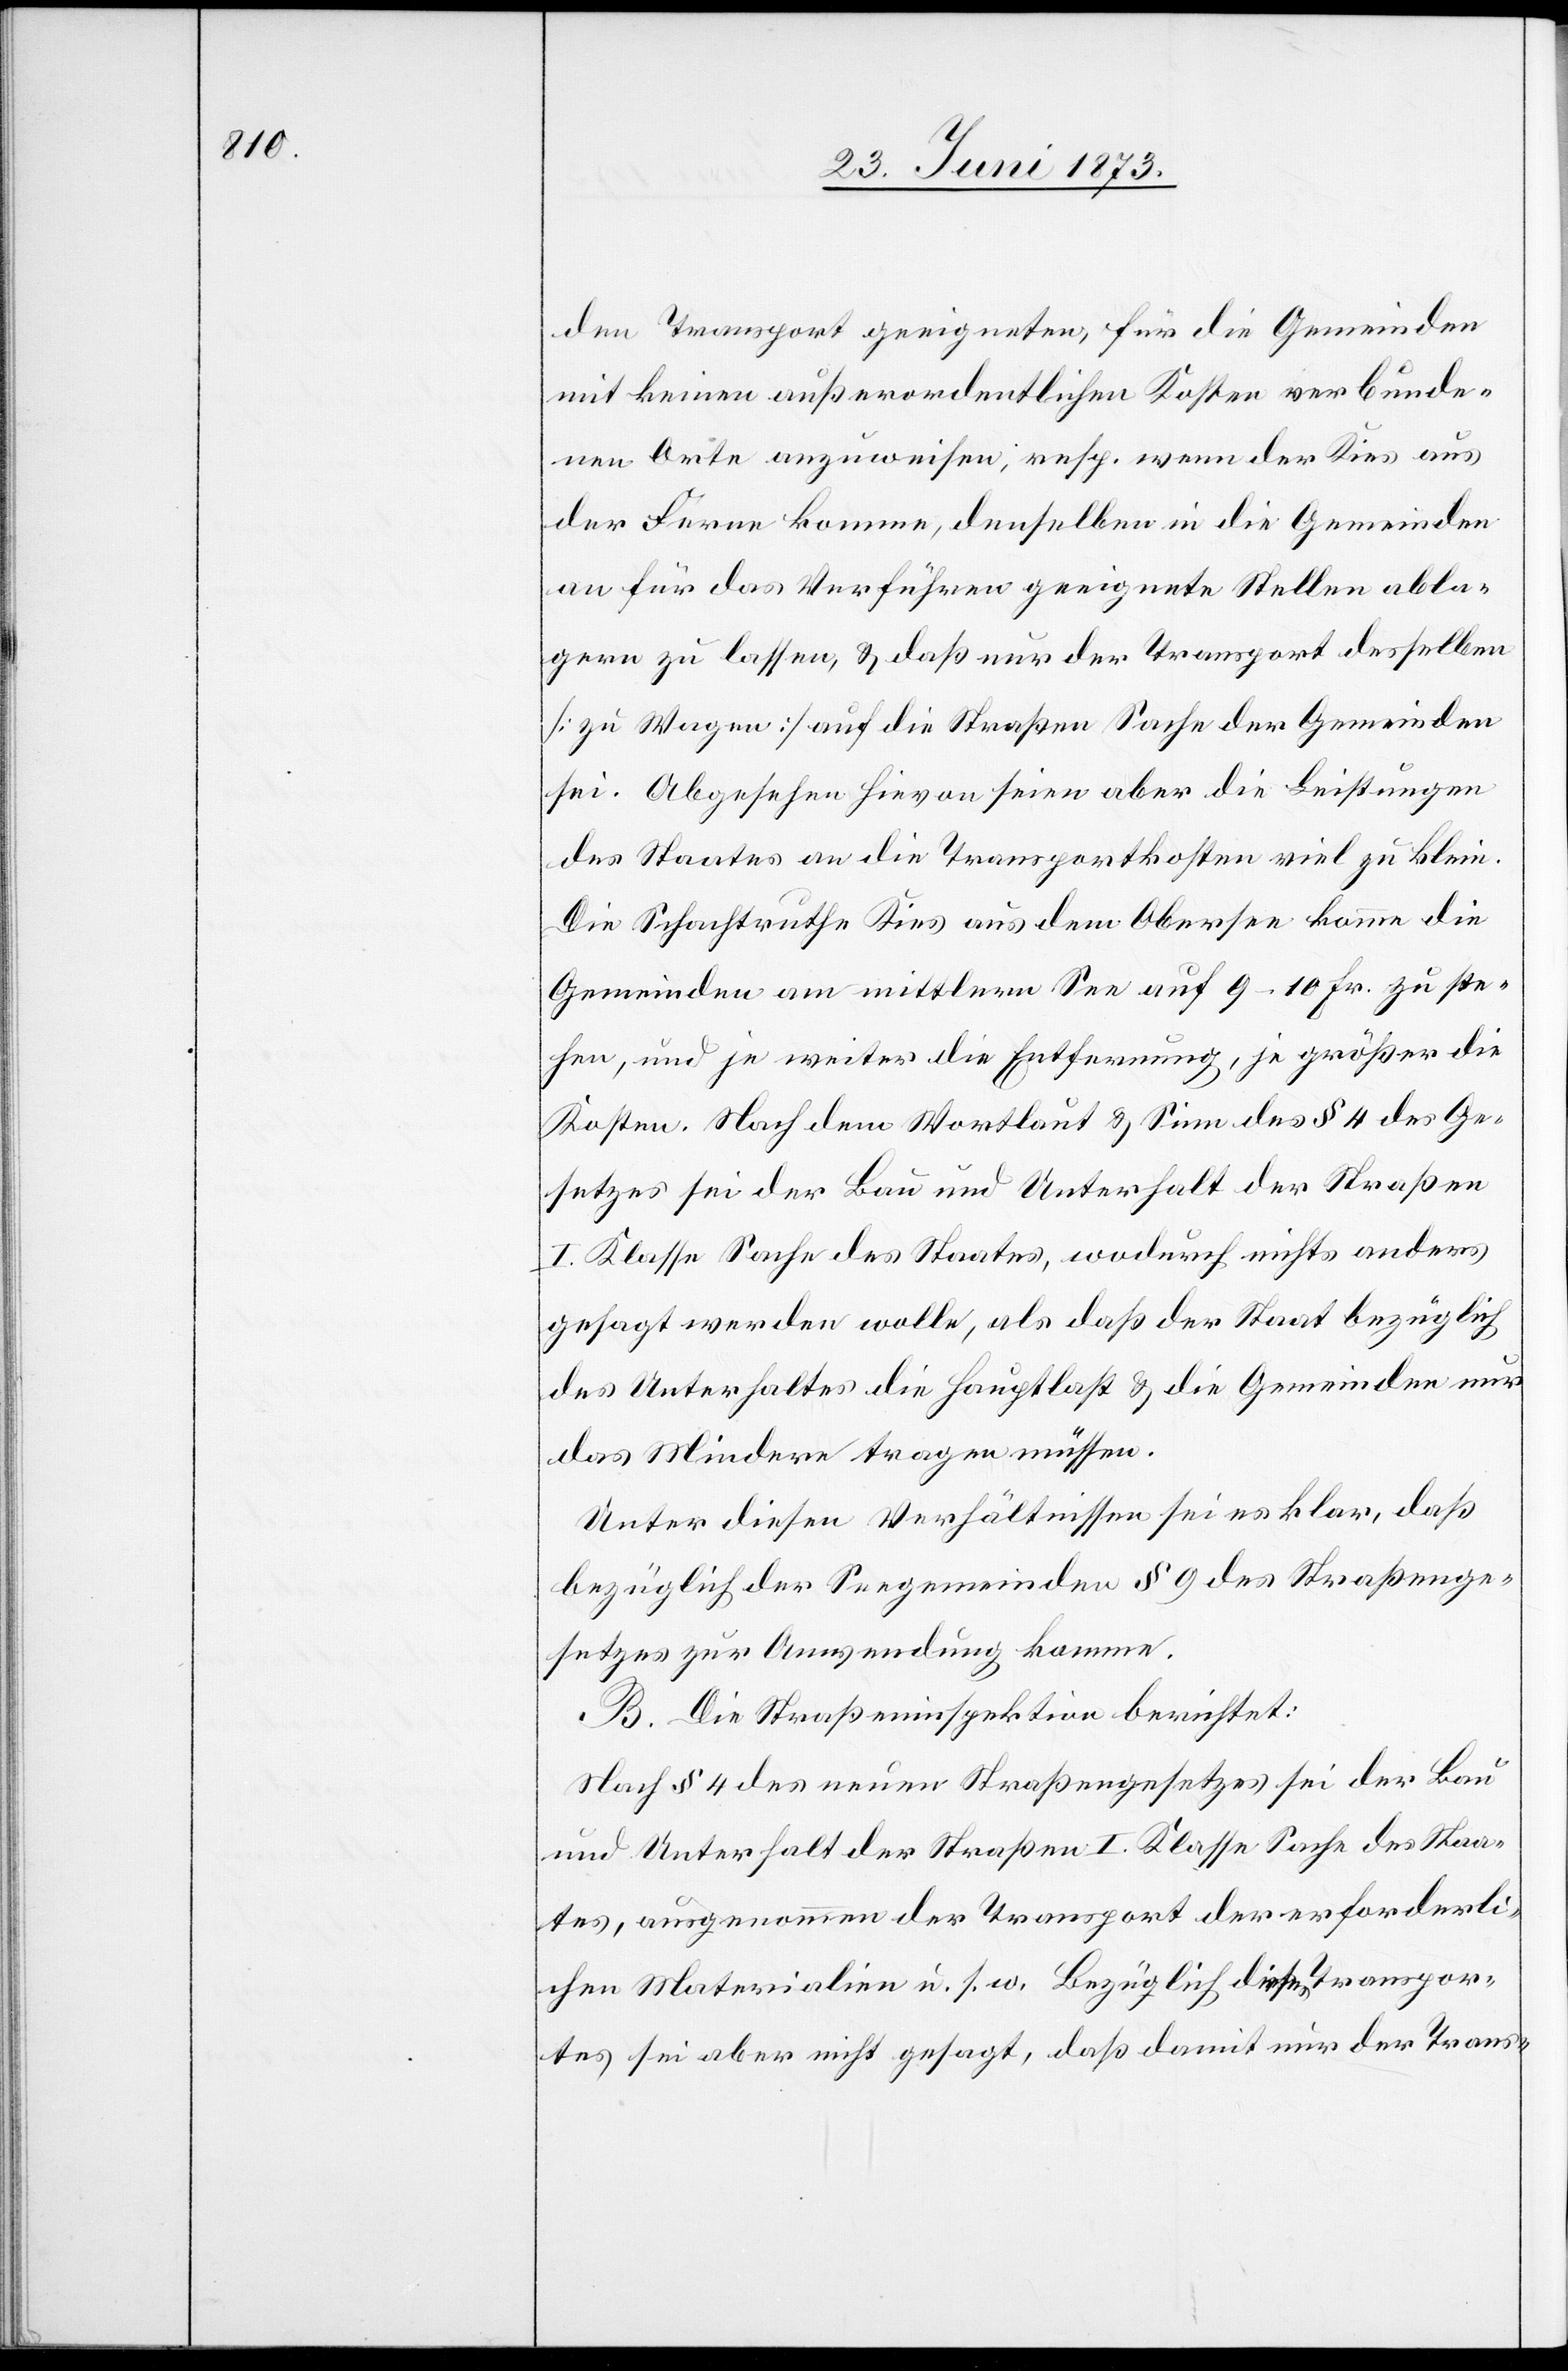
den Transport geeigneten, für die Gemeinden
mit keinen außerordentlichen Kosten verbunde¬
nen Orte anzuweisen, resp. wenn der Kies aus
der Ferne komme, denselben in die Gemeinden
an für das Verführen geeignete Stellen abla¬
gern zu lassen, & daß nur der Transport desselben
[zu Wagen] auf die Straßen Sache der Gemeinden
sei. Abgesehen hievon seien aber die Leistungen
des Staates an die Transportkosten viel zu klein.
Die Schachtruthe Kies aus dem Obersee komme die
Gemeinden am mittlern See auf 9–10 Fr. zu ste¬
hen, und je weiter die Entfernung, je größer die
Kosten. Nach dem Wortlaut & Sinn des § 4 des Ge¬
setzes sei der Bau und Unterhalt der Straßen
I. Klasse Sache des Staates, wodurch nichts anders
gesagt werden wolle, als daß der Staat bezüglich
des Unterhaltes die Hauptlast & die Gemeinden nur
das Mindere tragen müssen.
Unter diesen Verhältnissen sei es klar, daß
bezüglich der Seegemeinden § 9 des Straßenge¬
setzes zur Anwendung komme.
B. Die Straßeninspektion berichtet:
Nach § 4 des neuen Straßengesetzes sei der Bau
und Unterhalt der Straßen I. Klasse Sache des Staa¬
tes, ausgenommen der Transport der erforderli¬
chen Materialien u. s. w. Bezüglich dieses Transpor¬
tes sei aber nicht gesagt, daß damit nur der Trans-